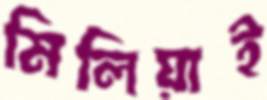
মিলিয়াই